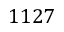
1 1 2 7